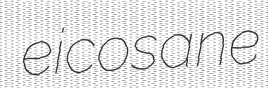
eicosane